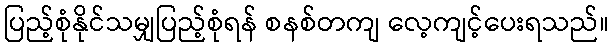
ပြည့်စုံနိုင်သမျှပြည့်စုံရန် စနစ်တကျ လေ့ကျင့်ပေးရသည်။